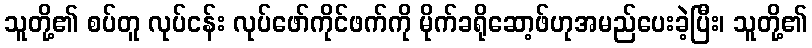
သူတို့၏ စပ်တူ လုပ်ငန်း လုပ်ဖော်ကိုင်ဖက်ကို မိုက်ခရိုဆော့ဖ်ဟုအမည်ပေးခဲ့ပြီး၊ သူတို့၏